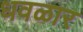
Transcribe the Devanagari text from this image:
धवळार